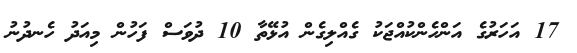
17 އަހަރުގެ އަންހެންކުއްޖަކު ގެއްލިގެން އުޅޭތާ 10 ދުވަސް ފަހުން މިއަދު ހެނދުނު